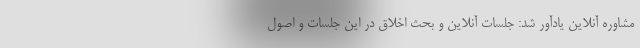
مشاوره آنلاین یادآور شد: جلسات آنلاین و بحث اخلاق در این جلسات و اصول